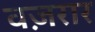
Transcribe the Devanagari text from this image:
वज़रार